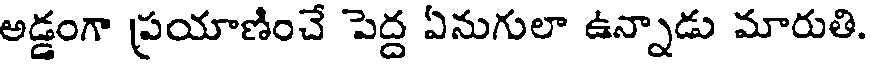
అడ్డంగా ప్రయాణించే పెద్ద ఏనుగులా ఉన్నాడు మారుతి.